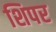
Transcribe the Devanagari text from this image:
शिपर